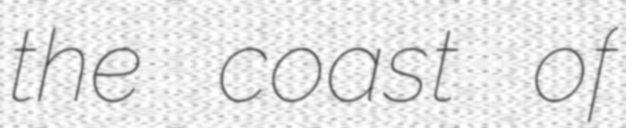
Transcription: the coast of